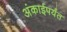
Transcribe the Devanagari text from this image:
अंकाईपर्यंत